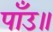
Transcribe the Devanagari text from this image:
पाँउ॥